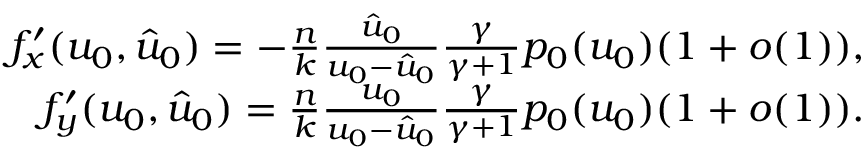
\begin{array} { r } { f _ { x } ^ { \prime } ( u _ { 0 } , \hat { u } _ { 0 } ) = - \frac { n } { k } \frac { \hat { u } _ { 0 } } { u _ { 0 } - \hat { u } _ { 0 } } \frac { \gamma } { \gamma + 1 } p _ { 0 } ( u _ { 0 } ) ( 1 + o ( 1 ) ) , } \\ { f _ { y } ^ { \prime } ( u _ { 0 } , \hat { u } _ { 0 } ) = \frac { n } { k } \frac { u _ { 0 } } { u _ { 0 } - \hat { u } _ { 0 } } \frac { \gamma } { \gamma + 1 } p _ { 0 } ( u _ { 0 } ) ( 1 + o ( 1 ) ) . } \end{array}